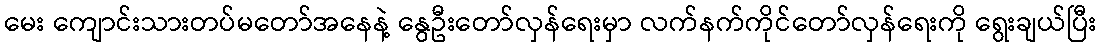
မေး ကျောင်းသားတပ်မတော်အနေနဲ့ နွေဦးတော်လှန်ရေးမှာ လက်နက်ကိုင်တော်လှန်ရေးကို ရွေးချယ်ပြီး